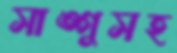
সাঙ্গুসহ